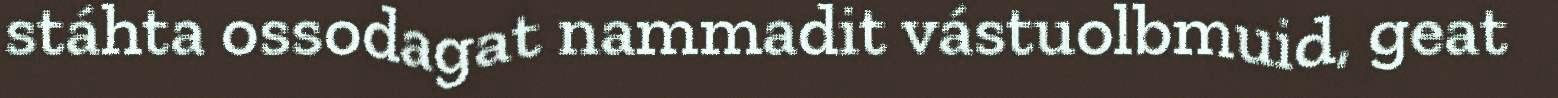
stáhta ossodagat nammadit vástuolbmuid, geat